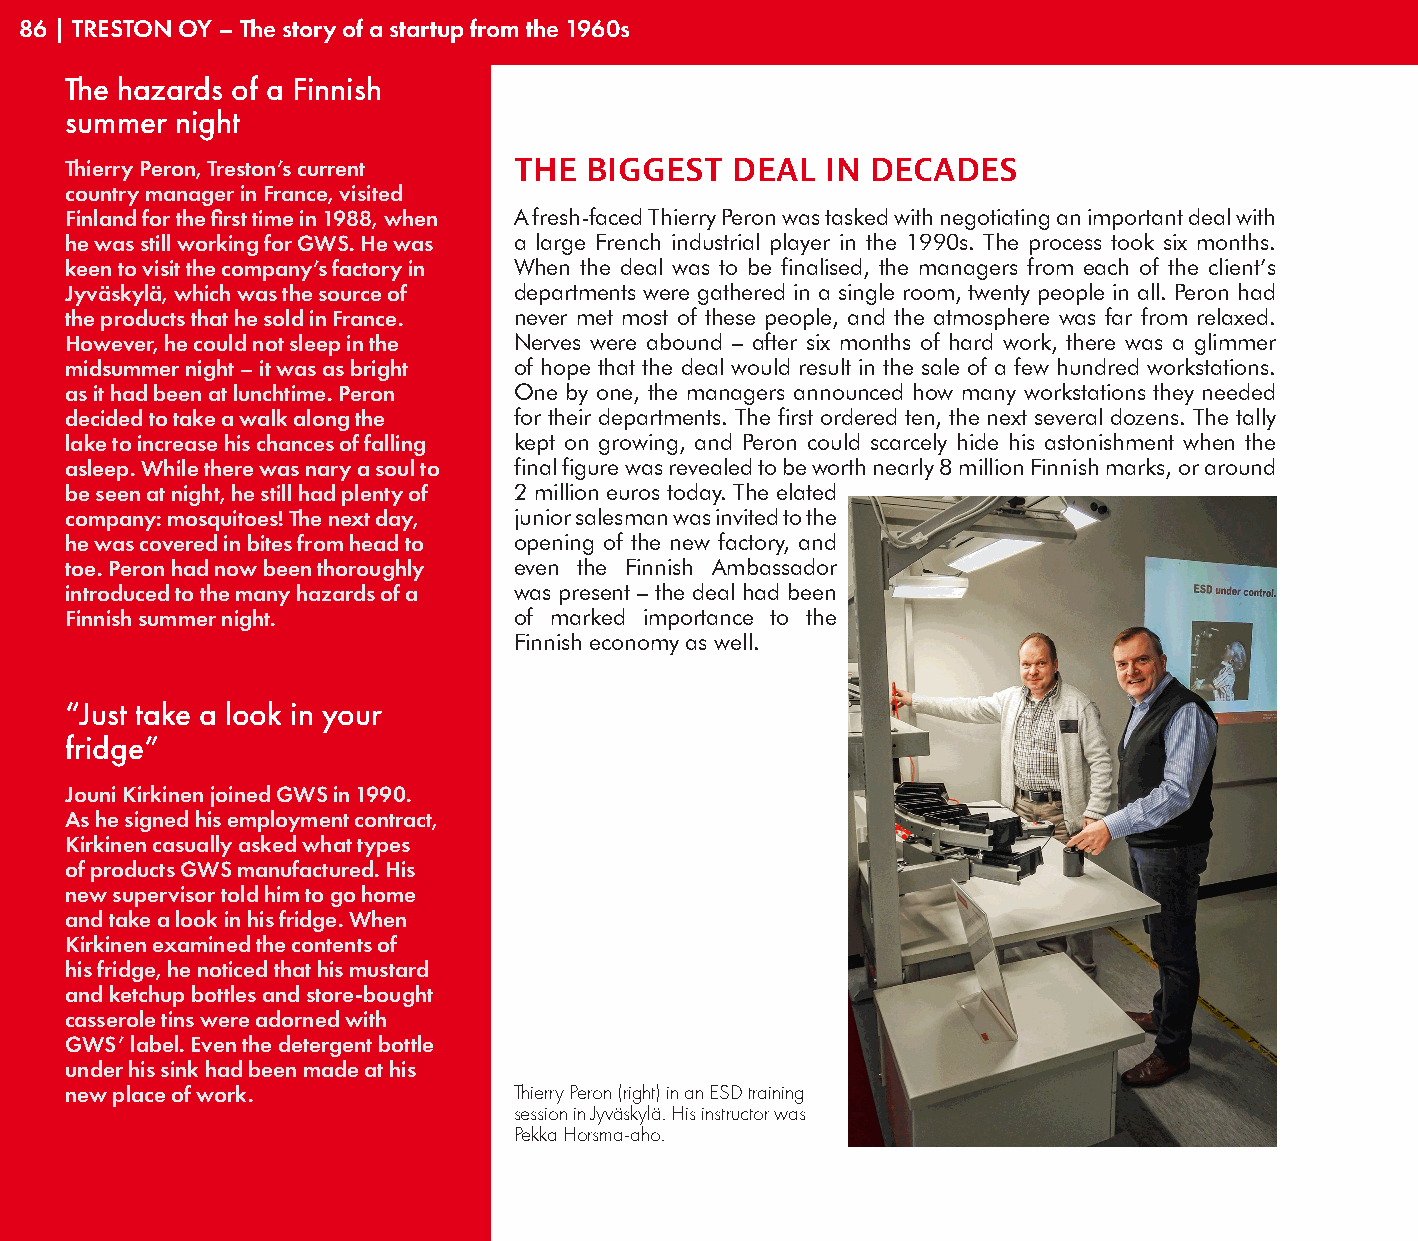
86 | TRESTON OY – The story of a startup from the 1960s
 The hazards of a Finnish
 summer  night
 Thierry Peron, Treston’s current THE BIGGEST DEAL  IN DECADES
 country manager in France, visited
 Finland for the first time in 1988, when A fresh-faced Thierry Peron was tasked with negotiating an important deal with
 he was still working for GWS. He was a large French industrial player in the 1990s. The process took six months.
 keen to visit the company’s factory in When the deal was to be finalised, the managers from each of the client’s
 Jyväskylä, which was the source of departments were gathered in a single room, twenty people in all. Peron had
 the products that he sold in France. never met most of these people, and the atmosphere was far from relaxed.
 However, he could not sleep in the Nerves were abound – after six months of hard work, there was a glimmer
 midsummer night – it was as bright of hope that the deal would result in the sale of a few hundred workstations.
 as it had been at lunchtime. Peron One by one, the managers announced how many workstations they needed
 decided to take a walk along the for their departments. The first ordered ten, the next several dozens. The tally
 lake to increase his chances of falling kept on growing, and Peron could scarcely hide his astonishment when the
 asleep. While there was nary a soul to final figure was revealed to be worth nearly 8 million Finnish marks, or around
 be seen at night, he still had plenty of 2 million euros today. The elated
 company: mosquitoes! The next day, junior salesman was invited to the
 he was covered in bites from head to opening of the new factory, and
 toe. Peron had now been thoroughly even the Finnish Ambassador
 introduced to the many hazards of a was present – the deal had been
 Finnish summer night.         of marked importance to the
 Finnish economy as well.
 “Just take a look in your
 fridge”
 Jouni Kirkinen joined GWS in 1990.
 As he signed his employment contract,
 Kirkinen casually asked what types
 of products GWS manufactured. His
 new supervisor told him to go home
 and take a look in his fridge. When
 Kirkinen examined the contents of
 his fridge, he noticed that his mustard
 and ketchup bottles and store-bought
 casserole tins were adorned with
 GWS’ label. Even the detergent bottle
 under his sink had been made at his
 new place of work.            Thierry Peron (right) in an ESD training
 session in Jyväskylä. His instructor was
 Pekka Horsma-aho.
 GWS’   MANAGEMENT